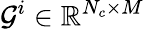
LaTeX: \mathcal{G}^{i}\in\mathbb{R}^{N_{c}\times M}